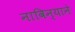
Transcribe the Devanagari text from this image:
नाविन्याने